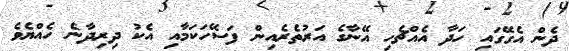
ދެން އެގޭގައި ހަދާ އެއްޗެހި އޭނާގެ އަރުތެރެއިން ފަސޭހަކަމާއި އެކު ދިރިދާނެ ހެއްޔެވެ